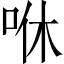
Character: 咻